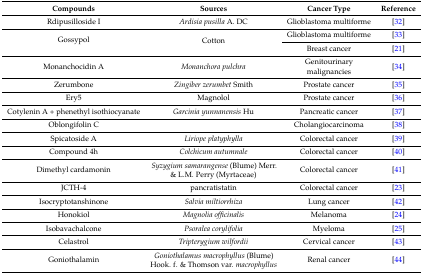
<table><thead><tr><td><b>Compounds</b></td><td><b>Sources</b></td><td><b>Cancer Type</b></td><td><b>Reference</b></td></tr></thead><tbody><tr><td>Rdipusilloside I</td><td><i>Ardisia pusilla</i> A. DC</td><td>Glioblastoma multiforme</td><td>[32]</td></tr><tr><td rowspan="2">Gossypol</td><td rowspan="2">Cotton</td><td>Glioblastoma multiforme</td><td>[33]</td></tr><tr><td>Breast cancer</td><td>[21]</td></tr><tr><td>Monanchocidin A</td><td><i>Monanchora pulchra</i></td><td>Genitourinary malignancies</td><td>[34]</td></tr><tr><td>Zerumbone</td><td><i>Zingiber zerumbet</i> Smith</td><td>Prostate cancer</td><td>[35]</td></tr><tr><td>Ery5</td><td>Magnolol</td><td>Prostate cancer</td><td>[36]</td></tr><tr><td>Cotylenin A + phenethyl isothiocyanate</td><td><i>Garcinia yunnanensis</i> Hu</td><td>Pancreatic cancer</td><td>[37]</td></tr><tr><td>Oblongifolin C</td><td></td><td>Cholangiocarcinoma</td><td>[38]</td></tr><tr><td>Spicatoside A</td><td><i>Liriope platyphylla</i></td><td>Colorectal cancer</td><td>[39]</td></tr><tr><td>Compound 4h</td><td><i>Colchicum autumnale</i></td><td>Colorectal cancer</td><td>[40]</td></tr><tr><td>Dimethyl cardamonin</td><td><i>Syzygium samarangense</i> (Blume) Merr. &amp; L.M. Perry (Myrtaceae)</td><td>Colorectal cancer</td><td>[41]</td></tr><tr><td>JCTH-4</td><td>pancratistatin</td><td>Colorectal cancer</td><td>[23]</td></tr><tr><td>Isocryptotanshinone</td><td><i>Salvia miltiorrhiza</i></td><td>Lung cancer</td><td>[42]</td></tr><tr><td>Honokiol</td><td><i>Magnolia officinalis</i></td><td>Melanoma</td><td>[24]</td></tr><tr><td>Isobavachalcone</td><td><i>Psoralea corylifolia</i></td><td>Myeloma</td><td>[25]</td></tr><tr><td>Celastrol</td><td><i>Tripterygium wilfordii</i></td><td>Cervical cancer</td><td>[43]</td></tr><tr><td>Goniothalamin</td><td><i>Goniothalamus macrophyllus</i> (Blume) Hook. f. &amp; Thomson var. <i>macrophyllus</i></td><td>Renal cancer</td><td>[44]</td></tr></tbody></table>